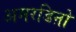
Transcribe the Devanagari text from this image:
अमरडिऩो